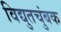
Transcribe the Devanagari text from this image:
विद्युतचुंबक